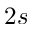
2 s